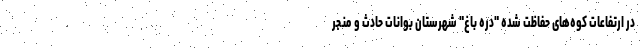
در ارتفاعات کوه‌های حفاظت شده "دره باغ" شهرستان بوانات حادث و منجر